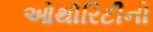
ઓથોરિટીનો